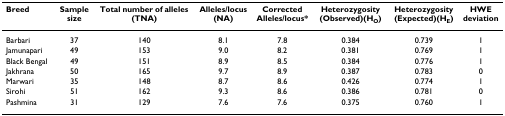
<table><thead><tr><td><b>Breed</b></td><td><b>Sample size</b></td><td><b>Total number of alleles (TNA)</b></td><td><b>Alleles/locus (NA)</b></td><td><b>Corrected Alleles/locus*</b></td><td><b>Heterozygosity (Observed)(H<sub>O</sub>)</b></td><td><b>Heterozygosity (Expected)(H<sub>E</sub>)</b></td><td><b>HWE deviation</b></td></tr></thead><tbody><tr><td>Barbari</td><td>37</td><td>140</td><td>8.1</td><td>7.8</td><td>0.384</td><td>0.739</td><td>1</td></tr><tr><td>Jamunapari</td><td>49</td><td>153</td><td>9.0</td><td>8.2</td><td>0.381</td><td>0.769</td><td>1</td></tr><tr><td>Black Bengal</td><td>49</td><td>151</td><td>8.9</td><td>8.5</td><td>0.384</td><td>0.776</td><td>1</td></tr><tr><td>Jakhrana</td><td>50</td><td>165</td><td>9.7</td><td>8.9</td><td>0.387</td><td>0.783</td><td>0</td></tr><tr><td>Marwari</td><td>35</td><td>148</td><td>8.7</td><td>8.6</td><td>0.426</td><td>0.774</td><td>1</td></tr><tr><td>Sirohi</td><td>51</td><td>162</td><td>9.3</td><td>8.6</td><td>0.386</td><td>0.781</td><td>0</td></tr><tr><td>Pashmina</td><td>31</td><td>129</td><td>7.6</td><td>7.6</td><td>0.375</td><td>0.760</td><td>1</td></tr></tbody></table>